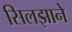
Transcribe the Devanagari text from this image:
सिलझाने